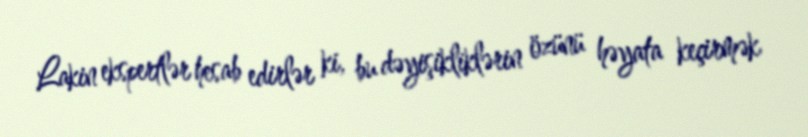
Lakin ekspertlər hesab edirlər ki, bu dəyişikliklərin özünü həyata keçirmək